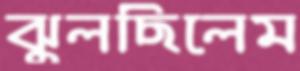
ঝুলছিলেম